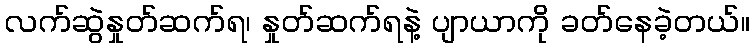
လက်ဆွဲနှုတ်ဆက်ရ၊ နှုတ်ဆက်ရနဲ့ ပျာယာကို ခတ်နေခဲ့တယ်။